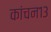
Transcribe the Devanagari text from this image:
कांचन१३